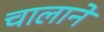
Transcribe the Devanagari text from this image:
चालाने